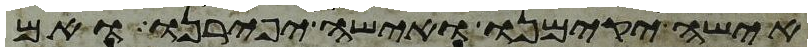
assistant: אישה יקימנו ואישה יפירנו ואם